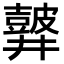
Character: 𪔏